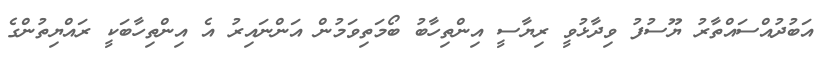
އަބުދުއްސައްތާރު ޔޫސުފު ވިދާޅުވީ ރިޔާސީ އިންތިހާބު ބޯމަތިވަމުން އަންނައިރު އެ އިންތިހާބަކީ ރައްޔިތުންގެ